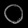
Digit: ၀